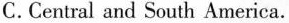
C. Central and South America.